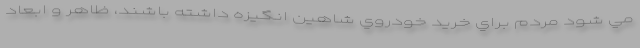
مي شود مردم براي خريد خودروي شاهين انگيزه داشته باشند، ظاهر و ابعاد